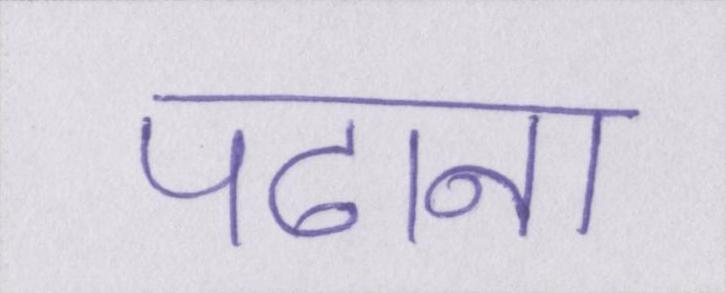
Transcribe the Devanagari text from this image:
पढाना